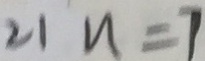
2 1 n = 7